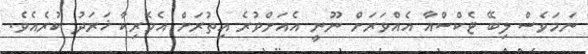
ނަމަވެސް ލިބޭ ޓެކްސްއާ އެއްވަރަށް ނޫނީ އެއަށްވުރެ އިތުރަށް އެމެރިކާ ޚަރަދު ކުރެއެވެ.